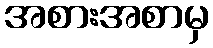
အစားအစာမှ